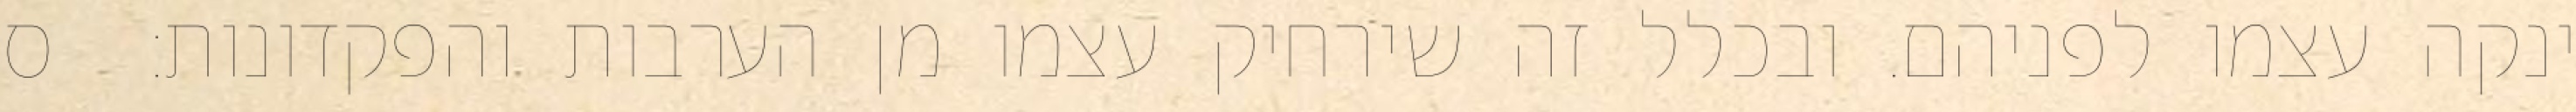
ינקה עצמו לפניהם. ובכלל זה שירחיק עצמו מן הערבות והפקדונות:  ס